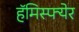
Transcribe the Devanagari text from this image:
हॅमिस्फ्येर